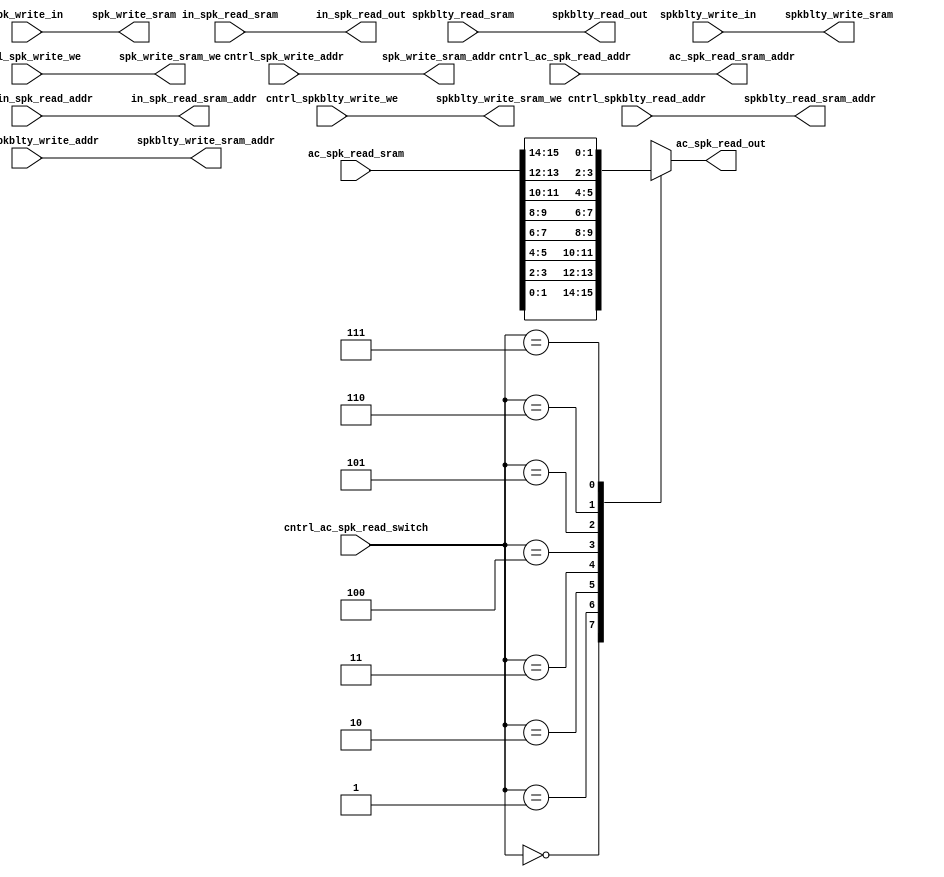
// This program was cloned from: https://github.com/sfmth/OpenSpike
// License: GNU General Public License v3.0

`default_nettype none
`timescale 1ns/1ns


/* `include "shift_add_mult.v" */

module spk_memory_controler (
    // spkblty read
    input wire [15:0] spkblty_read_sram,
    output wire [8:0] spkblty_read_sram_addr,

    output wire [15:0] spkblty_read_out,

    input wire [8:0] cntrl_spkblty_read_addr,

    // AC spk read
    input wire [15:0] ac_spk_read_sram,
    output wire [8:0] ac_spk_read_sram_addr,

    output reg [1:0] ac_spk_read_out,

    input wire [2:0] cntrl_ac_spk_read_switch,
    input wire [8:0] cntrl_ac_spk_read_addr,

    // input spk read
    input wire [127:0] in_spk_read_sram,
    output wire [8:0] in_spk_read_sram_addr,

    output wire [127:0] in_spk_read_out,

    input wire [8:0] cntrl_in_spk_read_addr,

    // spk write
    output wire [15:0] spk_write_sram,
    output wire [8:0] spk_write_sram_addr,
    output wire spk_write_sram_we,

    input wire [15:0] spk_write_in,

    input wire [8:0] cntrl_spk_write_addr,
    input wire cntrl_spk_write_we,

    // spkblty write
    output wire [15:0] spkblty_write_sram,
    output wire [8:0] spkblty_write_sram_addr,
    output wire spkblty_write_sram_we,

    input wire [15:0] spkblty_write_in,

    input wire [8:0] cntrl_spkblty_write_addr,
    input wire cntrl_spkblty_write_we
    );

    // spkblty read
    assign spkblty_read_out = spkblty_read_sram;
    assign spkblty_read_sram_addr = cntrl_spkblty_read_addr;

    //ac spk read
    assign ac_spk_read_sram_addr = cntrl_ac_spk_read_addr;
    always @(*) begin
        case (cntrl_ac_spk_read_switch)
            3'd0: ac_spk_read_out <= ac_spk_read_sram[1:0];
            3'd1: ac_spk_read_out <= ac_spk_read_sram[3:2];
            3'd2: ac_spk_read_out <= ac_spk_read_sram[5:4];
            3'd3: ac_spk_read_out <= ac_spk_read_sram[7:6];
            3'd4: ac_spk_read_out <= ac_spk_read_sram[9:8];
            3'd5: ac_spk_read_out <= ac_spk_read_sram[11:10];
            3'd6: ac_spk_read_out <= ac_spk_read_sram[13:12];
            3'd7: ac_spk_read_out <= ac_spk_read_sram[15:14];
            default: ac_spk_read_out <= 2'bxx;
        endcase
    end

    //input spk read
    assign in_spk_read_out = in_spk_read_sram;
    assign in_spk_read_sram_addr = cntrl_in_spk_read_addr;

    // spk write
    assign spk_write_sram = spk_write_in;
    assign spk_write_sram_addr = cntrl_spk_write_addr;
    assign spk_write_sram_we = cntrl_spk_write_we;

    //spkblty write
    assign spkblty_write_sram = spkblty_write_in;
    assign spkblty_write_sram_addr = cntrl_spkblty_write_addr;
    assign spkblty_write_sram_we = cntrl_spkblty_write_we;


    `ifdef COCOTB_SIM
    initial begin
    $dumpfile ("spk_memory_controler.vcd");
    $dumpvars (0, spk_memory_controler);
    #1;
    end
    `endif

endmodule